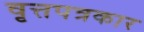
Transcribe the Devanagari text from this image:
वृत्तपत्रकार